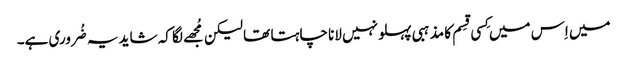
میں اِس میں کِسی قِسم کا مذہبی پہلو نہیں لانا چاہتا تھا لیکن مُجھے لگا کہ شاید یہ ضُروری ہے۔